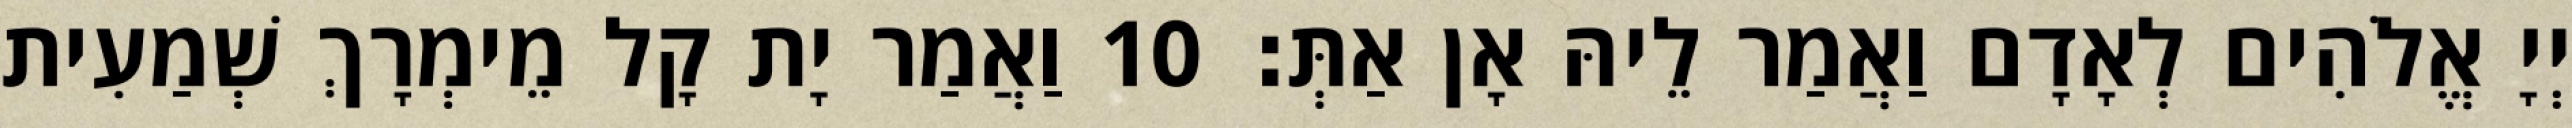
יְיָ אֱלֹהִים לְאָדָם וַאֲמַר לֵיהּ אָן אַתְּ׃ 10 וַאֲמַר יָת קָל מֵימְרָךְ שְׁמַעִית